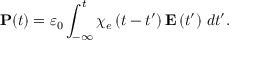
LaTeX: \mathbf { P } ( t ) = \varepsilon _ { 0 } \int _ { - \infty } ^ { t } \chi _ { e } \left( t - t ^ { \prime } \right) \mathbf { E } \left( t ^ { \prime } \right) \, d t ^ { \prime } .